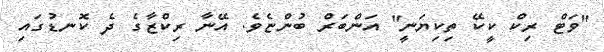
"ވަޓް ރިކް ކީކޭ ތިކިޔަނީ" އަންބަރް ބުންޏެވެ. އޭނާ ރިކްޒާގެ ދެ ކޮނޑުގައި